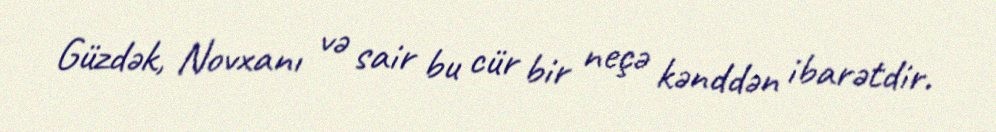
Güzdək, Novxanı və sair bu cür bir neçə kənddən ibarətdir.